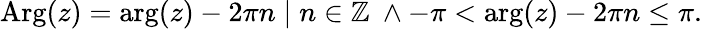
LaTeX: \operatorname{Arg}(z)=\arg(z)-2\pi n\; |\; n\in\mathbb{Z}\ \land-\pi<\arg(z)-2\pi n\leq\pi.